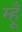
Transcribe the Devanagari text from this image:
म्हूँ